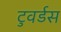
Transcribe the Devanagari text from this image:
टुवर्डस